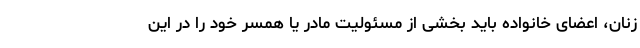
زنان، اعضای خانواده باید بخشی از مسئولیت مادر یا همسر خود را در این